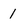
Character: 1